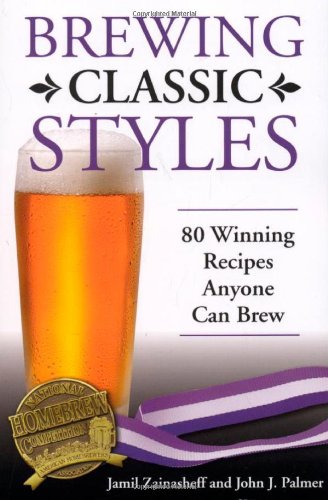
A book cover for Brewing Classic Styles: 80 Winning Recipes Anyone Can Brew; Jamil Zainasheff; Cookbooks, Food & Wine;